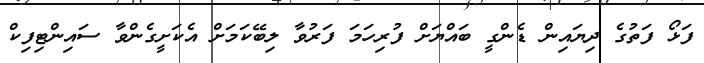
ފަޅޯ ފަތުގެ ދިޔައިން ޑެންގީ ބައްޔަށް ފުރިހަމަ ފަރުވާ ލިބޭކަމަށް އެކަށީގެންވާ ސައިންޓިފިކް